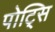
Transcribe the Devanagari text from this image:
पोट्सि